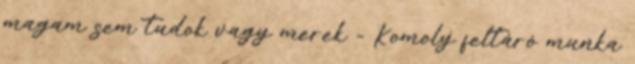
magam sem tudok vagy merek - Komoly feltáró munka